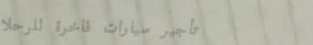
تأجير سيارات فاخرة للرحلا